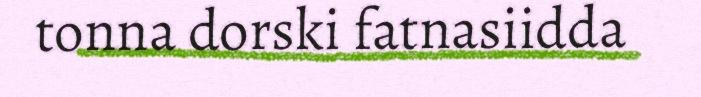
tonna dorski fatnasiidda